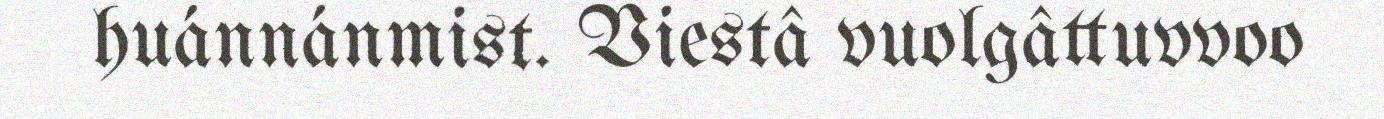
huánnánmist. Viestâ vuolgâttuvvoo